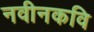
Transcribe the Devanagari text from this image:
नवीनकवि